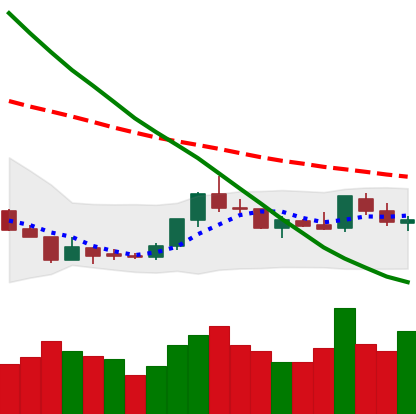
Ticker: LTC-USD
Chart end date: 2018-07-27
Forward return: -7.824%
Label: down_7plus